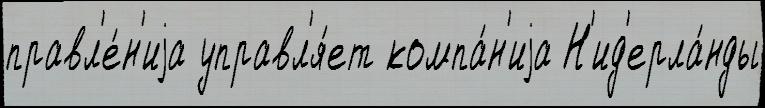
правл'е́н'иjа управл'я́ет компа́н'иjа Н'ид'ерла́нды